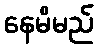
နေမိမည်